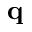
{ \bf q }